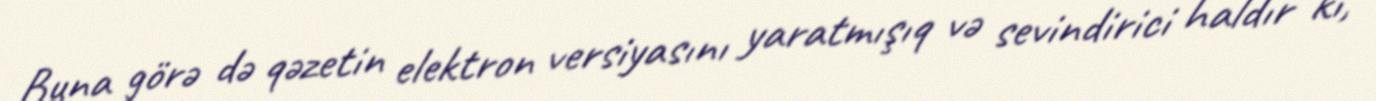
Buna görə də qəzetin elektron versiyasını yaratmışıq və sevindirici haldır ki,